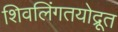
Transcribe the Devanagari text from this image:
शिवलिंगतयोद्रूत